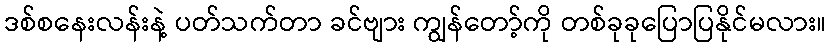
ဒစ်စနေးလန်းနဲ့ ပတ်သက်တာ ခင်ဗျား ကျွန်တော့်ကို တစ်ခုခုပြောပြနိုင်မလား။